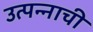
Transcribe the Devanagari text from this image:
उत्पन्‍नाची